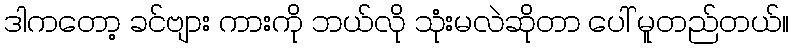
ဒါကတော့ ခင်ဗျား ကားကို ဘယ်လို သုံးမလဲဆိုတာ ပေါ် မူတည်တယ်။